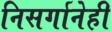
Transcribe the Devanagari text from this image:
निसर्गानेही